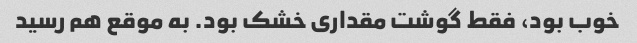
خوب بود، فقط گوشت مقداری خشک بود. به موقع هم رسید